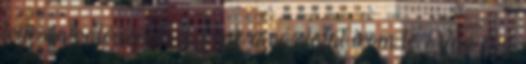
teljesen valószerű. Csak a vázlatát írom le. Van egy